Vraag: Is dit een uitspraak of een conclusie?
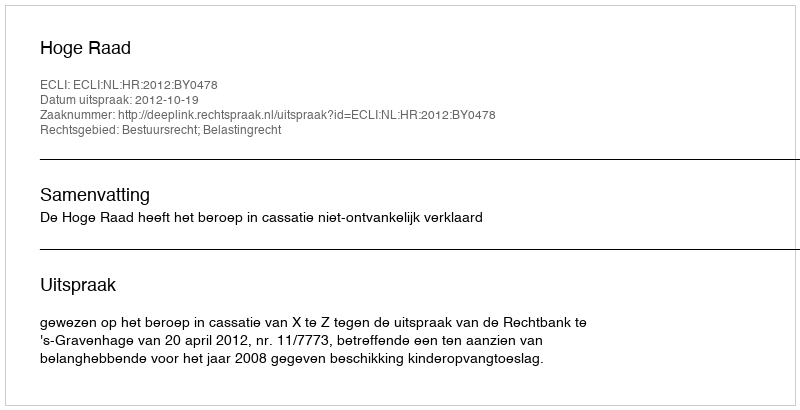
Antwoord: Uitspraak